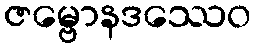
ဇမ္ဗောနဒဿေဝ